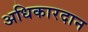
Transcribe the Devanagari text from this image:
अधिकारदान